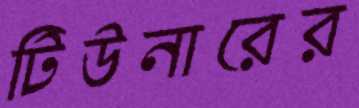
টিউনারের